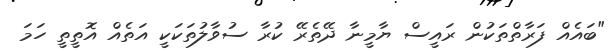
"ބައެއް ފަރާތްތަކުން ރައީސް ޔާމީނާ ދޭތެރޭ ކުރާ ސުވާލުތަކަކީ އަތެއް އޮތީތީ ހަމަ